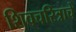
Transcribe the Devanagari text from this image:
शिवचरित्राचे